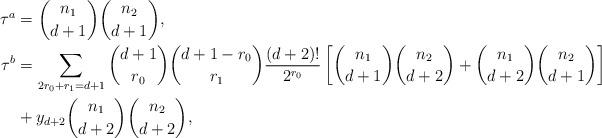
LaTeX: \begin{align*}\tau^a & = {n_1 \choose d+1} {n_2 \choose d+1}, \\\tau^b & = \sum_{2r_0+r_1=d+1} {d+1 \choose r_0} {d+1-r_0 \choose r_1} \frac{(d+2)!}{2^{r_0}} \left[ {n_1 \choose d+1} {n_2 \choose d+2} + {n_1 \choose d+2} {n_2 \choose d+1}\right] \\ & + y_{d+2} {n_1 \choose d+2} {n_2 \choose d+2}, \end{align*}